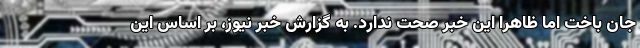
جان باخت اما ظاهرا این خبر صحت ندارد. به گزارش خبر نیوز، بر اساس این